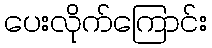
ပေးလိုက်ကြောင်း